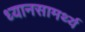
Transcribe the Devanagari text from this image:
ध्यानसामर्थ्य